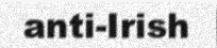
anti-Irish